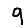
Digit: 9